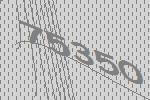
75350